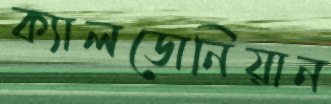
ক্যালডোনিয়ান